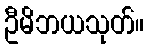
ဦမိဘယသုတ်။